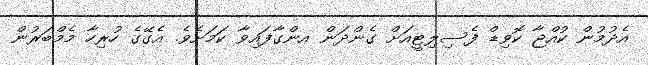
އެދުމުން ކުއްޖާ ކޮވިޑް ފެސިލިޓީއަށް ގެންދަން އންގާފައިވާ ކަމަށެވެ. އެގޭގެ ހުރިހާ މެމްބަރުން